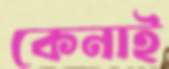
কেনাই